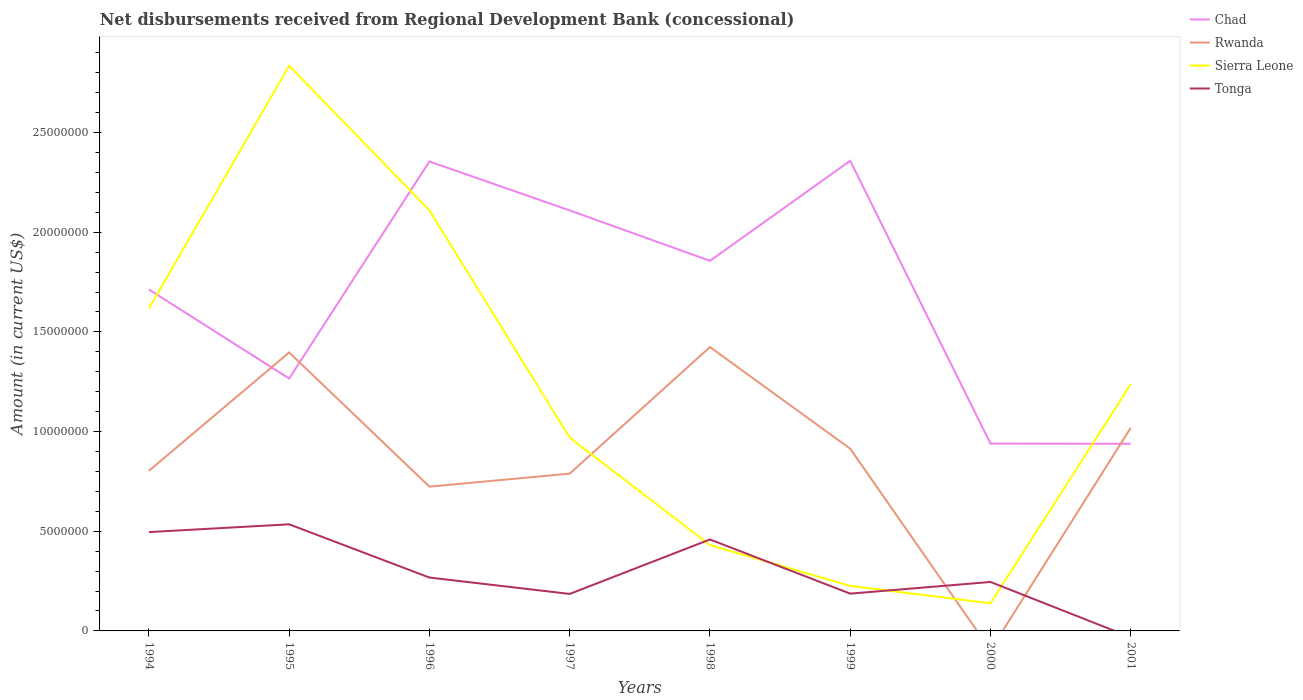
| Years | Chad | Rwanda | Sierra Leone | Tonga |
 | --- | --- | --- | --- | --- |
 | 1994 | 1.71e+07 | 8.03e+06 | 1.62e+07 | 4.96e+06 |
 | 1995 | 1.27e+07 | 1.4e+07 | 2.83e+07 | 5.35e+06 |
 | 1996 | 2.35e+07 | 7.24e+06 | 2.11e+07 | 2.68e+06 |
 | 1997 | 2.11e+07 | 7.89e+06 | 9.7e+06 | 1.86e+06 |
 | 1998 | 1.86e+07 | 1.42e+07 | 4.31e+06 | 4.59e+06 |
 | 1999 | 2.36e+07 | 9.14e+06 | 2.26e+06 | 1.87e+06 |
 | 2000 | 9.4e+06 | -9.66e+05 | 1.39e+06 | 2.46e+06 |
 | 2001 | 9.39e+06 | 1.02e+07 | 1.24e+07 | -3.19e+05 |